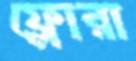
ফ্লোরা